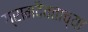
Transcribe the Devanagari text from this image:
ग्रामदैवताच्या